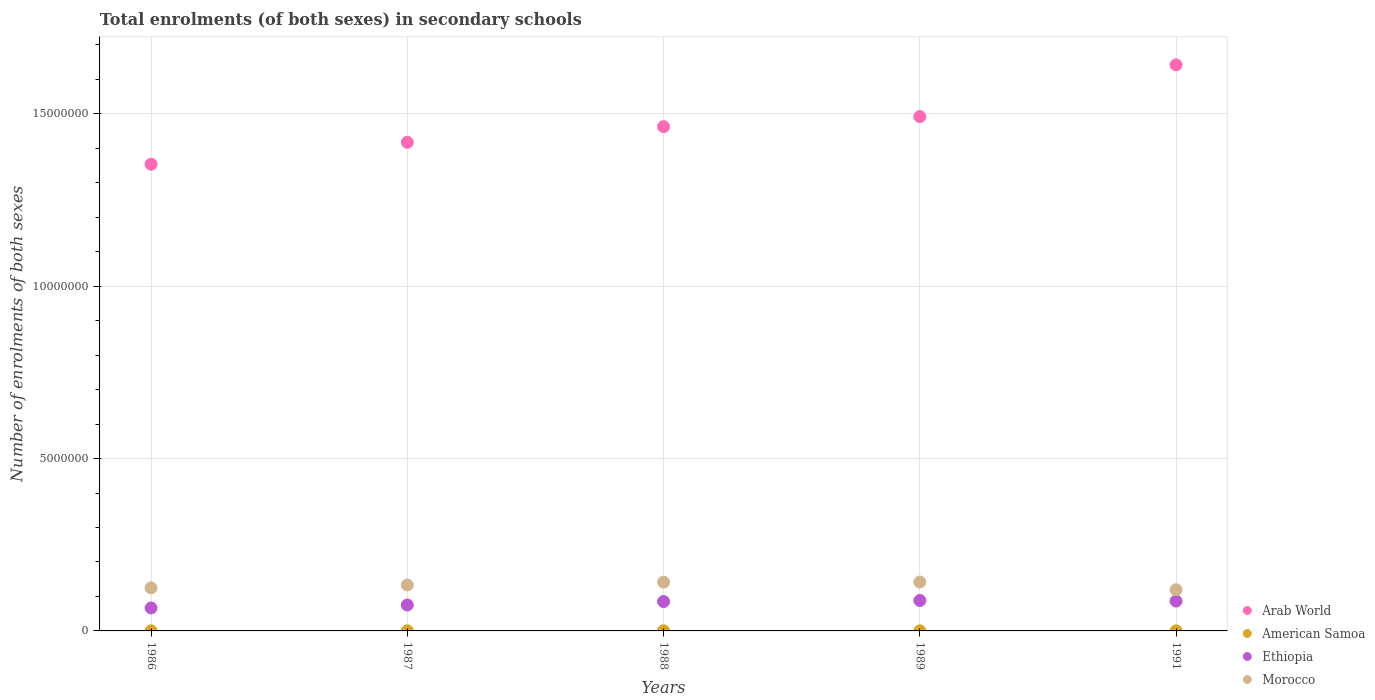
| Years | Arab World | American Samoa | Ethiopia | Morocco |
 | --- | --- | --- | --- | --- |
 | 1986 | 1.35e+07 | 3.34e+03 | 6.66e+05 | 1.25e+06 |
 | 1987 | 1.42e+07 | 3.3e+03 | 7.52e+05 | 1.33e+06 |
 | 1988 | 1.46e+07 | 3.21e+03 | 8.52e+05 | 1.42e+06 |
 | 1989 | 1.49e+07 | 3.34e+03 | 8.82e+05 | 1.42e+06 |
 | 1991 | 1.64e+07 | 3.56e+03 | 8.66e+05 | 1.19e+06 |